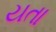
યતા